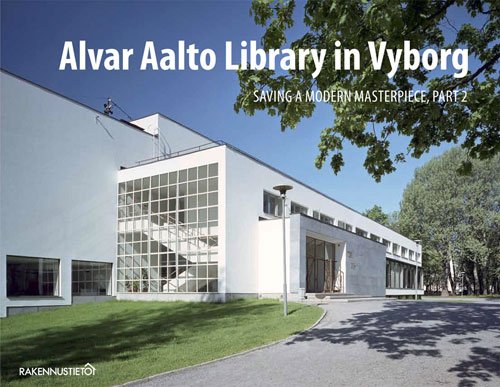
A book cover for Alvar Aalto Library in Vyborg - Saving a Modern Masterpiece, Part 2; Arts & Photography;